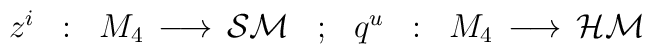
\begin{array}{ccccccc}z^i & : & M_4 \, \longrightarrow \, {\cal SM} &; &q^u & : & M_4 \, \longrightarrow \, {\cal HM}\end{array}